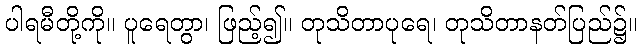
ပါရမီတို့ကို။ ပူရေတွာ၊ ဖြည့်၍။ တုသိတာပုရေ၊ တုသိတာနတ်ပြည်၌။